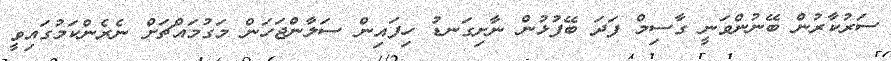
ސަރުކާރުން ބޭނުންވަނީ ގާސިމް ފަދަ ބޭފުޅުން ނާށިގަނޑު ހިފައިން ސަލާންޖަހަން މަގުމައްޗަށް ނެރެންކަމުގައިވީ